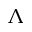
\Lambda